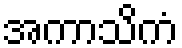
အကာသိကံ